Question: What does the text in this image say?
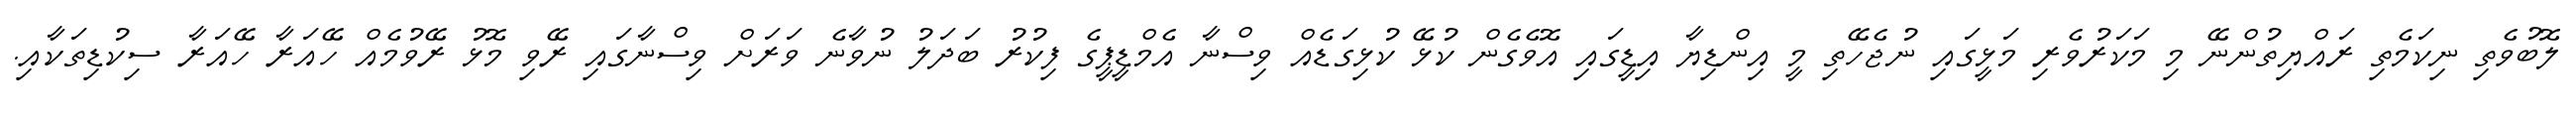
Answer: ލޮބުވެތި ނިކަމެތި ރައްޔިތުންނޭ މި މަކަރުވެރި މަޅީގައި ނުޖެހޭތި މީ އިންޑިޔާ އިޑީގައި އޮވެގެން ކުޅޭ ކުޅިގަޑެއް ވިސްނާ އެމްޑީޕީގެ ފިކުރު ބަދަލު ނުވާނެ ވަރަށް ވިސްނާގައި ރޭވި މޮޅު ރޭވުމެއް ހޭއަރާ ހޭއަރާ ސިކުޑިތަކާއި.